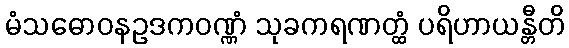
မံသဓောဝနဥဒကဝဏ္ဏံ သုခကရဏတ္ထံ ပရိဟာယန္တီတိ